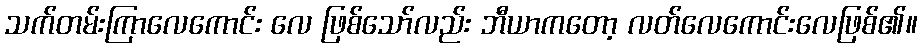
သက်တမ်းကြာလေကောင်း လေ ဖြစ်သော်လည်း ဘီယာကတော့ လတ်လေကောင်းလေဖြစ်၏။